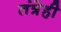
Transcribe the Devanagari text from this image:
तंत्रेही